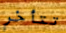
تتأخر